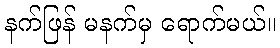
နက်ဖြန် မနက်မှ ရောက်မယ်။